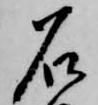
石